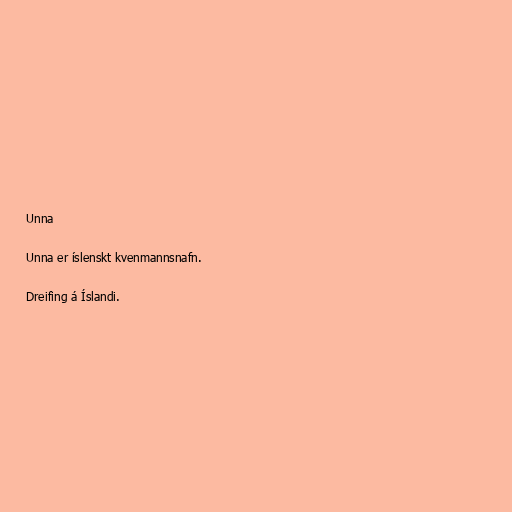
Unna

Unna er íslenskt kvenmannsnafn.

Dreifing á Íslandi.